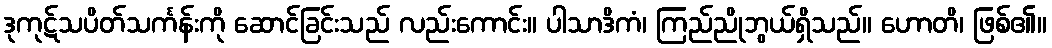
ဒုကုဋ်သပိတ်သင်္ကန်းကို ဆောင်ခြင်းသည် လည်းကောင်း။ ပါသာဒိကံ၊ ကြည်ညိုဘွယ်ရှိသည်။ ဟောတိ၊ ဖြစ်၏။